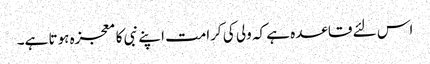
اس لئے قاعدہ ہے کہ ولی کی کرامت اپنے نبی کا معجزہ ہوتا ہے۔